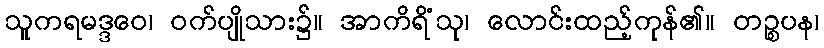
သူကရမဒ္ဒဝေ၊ ဝက်ပျိုသား၌။ အာကိရိံသု၊ လောင်းထည့်ကုန်၏။ တဉ္စပန၊